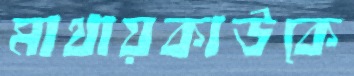
মাথায়কাউকে